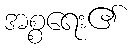
အစ္စရေး၏